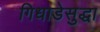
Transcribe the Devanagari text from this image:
गिधाडेसुद्धा